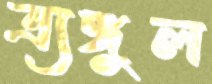
ত্র্যঙ্গুল